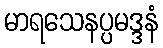
မာရသေနပ္ပမဒ္ဒနံ